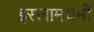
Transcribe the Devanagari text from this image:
इस्लामधर्मी